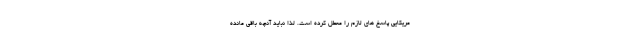
مریکایی پاسخ های لازم را معطل کرده است. لذا نباید آنچه باقی مانده